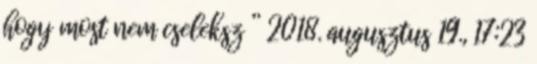
hogy most nem cseleksz ” 2018. augusztus 19., 17:23